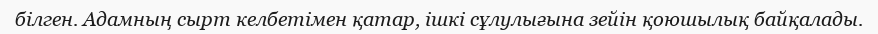
білген. Адамның сырт келбетімен қатар, ішкі сұлулығына зейін қоюшылық байқалады.